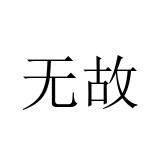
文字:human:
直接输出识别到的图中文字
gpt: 无故